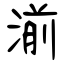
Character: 湔